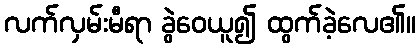
လက်လှမ်းမီရာ ခွဲဝေယူ၍ ထွက်ခဲ့လေ၏။